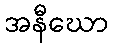
အနီဃော